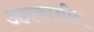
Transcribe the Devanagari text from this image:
अप्रकाशीत